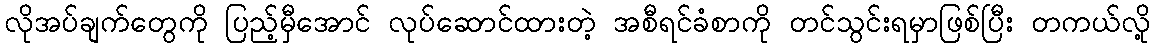
လိုအပ်ချက်တွေကို ပြည့်မှီအောင် လုပ်ဆောင်ထားတဲ့ အစီရင်ခံစာကို တင်သွင်းရမှာဖြစ်ပြီး တကယ်လို့